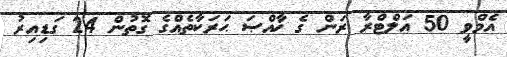
އެމްވީ 50 އަލްޓްރާ ރަން ގެ ޚާއްޞަ ޙަރަކާތެއްގެ ގޮތުން 24 ގަޑިއިރު